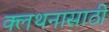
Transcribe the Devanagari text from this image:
क्लथनासाठी